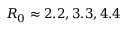
R _ { 0 } \approx 2 . 2 , 3 . 3 , 4 . 4